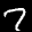
Label: 7